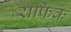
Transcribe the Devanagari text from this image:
राफिक